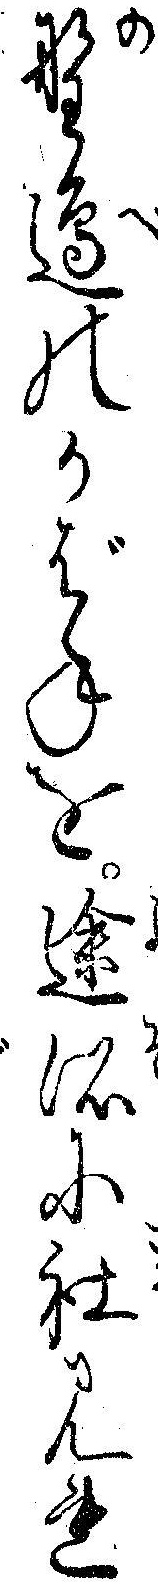
野辺のかばねを途所に社みれ